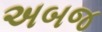
અબજ